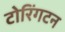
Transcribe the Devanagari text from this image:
टोरिंगटन